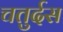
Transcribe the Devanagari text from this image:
चतुर्दस